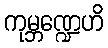
ကုမ္ဘဏ္ဍေဟိ